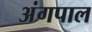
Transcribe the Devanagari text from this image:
अंगपाल